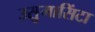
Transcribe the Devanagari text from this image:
उसुमासिंटा